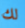
لك